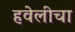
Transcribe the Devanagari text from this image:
हवेलीचा